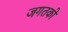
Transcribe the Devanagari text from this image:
जगतको